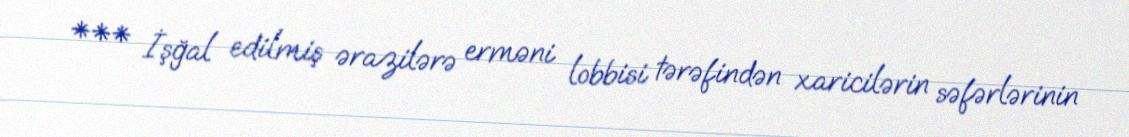
*** İşğal edilmiş ərazilərə erməni lobbisi tərəfindən xaricilərin səfərlərinin